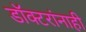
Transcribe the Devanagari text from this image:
डॉक्टरांनाही